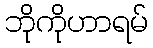
ဘိုကိုဟာရမ်